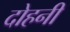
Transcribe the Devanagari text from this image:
दोहनी